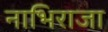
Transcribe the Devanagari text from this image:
नाभिराजा